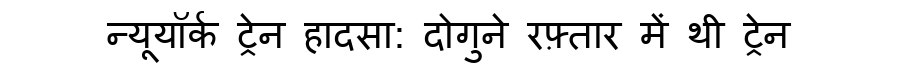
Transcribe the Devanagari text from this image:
न्यूयॉर्क ट्रेन हादसा: दोगुने रफ़्तार में थी ट्रेन